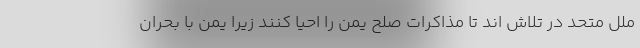
ملل متحد در تلاش اند تا مذاکرات صلح یمن را احیا کنند زیرا یمن با بحران